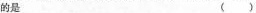
的是 ( )